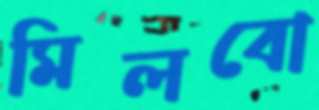
মিলবো